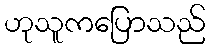
ဟုသူကပြောသည်